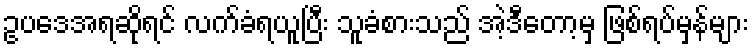
ဥပဒေအရဆိုရင် လက်ခံရယူပြီး သူခံစားသည် အဲ့ဒီတော့မှ ဖြစ်ရပ်မှန်များ